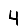
Digit: 4